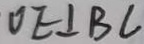
O E \bot B C